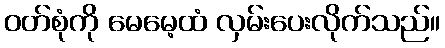
ဝတ်စုံကို မေမေ့ထံ လှမ်းပေးလိုက်သည်။